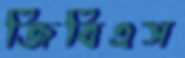
জিবিএস